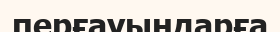
перғауындарға